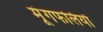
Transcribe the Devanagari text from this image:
मूंगफलियाँ